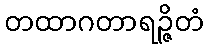
တထာဂတာရဉ္ဇိတံ